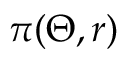
\pi ( \Theta , r )